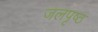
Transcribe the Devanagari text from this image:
जलपृष्ठ